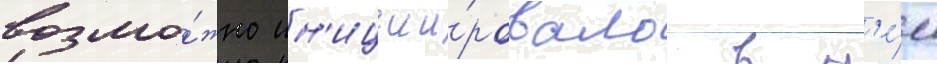
возмо́жно ин'иции́ровало в н'е́м